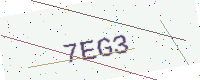
Text: 7EG3